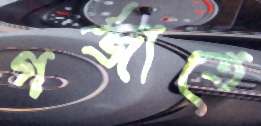
গর্‌জাতে